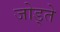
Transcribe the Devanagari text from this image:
जोड्ते